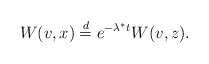
\begin{align*}W(v,x)\stackrel{d}{=}e^{-\lambda^*t}W(v,z).\end{align*}